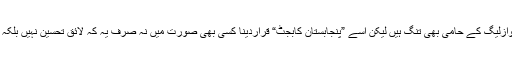
یقیناََ ایساہی ہوا ہوگا ، اسحاق ڈارسے تونوازلیگ کے حامی بھی تنگ ہیں لیکن اسے ”پنجابستان کابجٹ“ قراردینا کسی بھی صورت میں نہ صرف یہ کہ لائقِ تحسین نہیں بلکہ یہ نفرتوں کو ہَوادینے کے مترادف ہے ۔